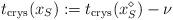
LaTeX: \begin{align*}t_{\rm crys}(x_S ):=t_{\rm crys}( x^\diamond_S )- \nu\end{align*}